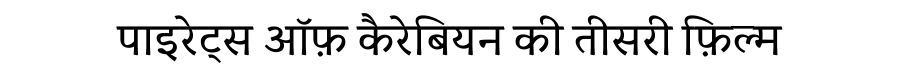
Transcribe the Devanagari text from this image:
पाइरेट्स ऑफ़ कैरेबियन की तीसरी फ़िल्म